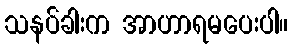
သနပ်ခါးက အာဟာရမပေးပါ။